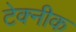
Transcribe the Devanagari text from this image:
टेक्नीक